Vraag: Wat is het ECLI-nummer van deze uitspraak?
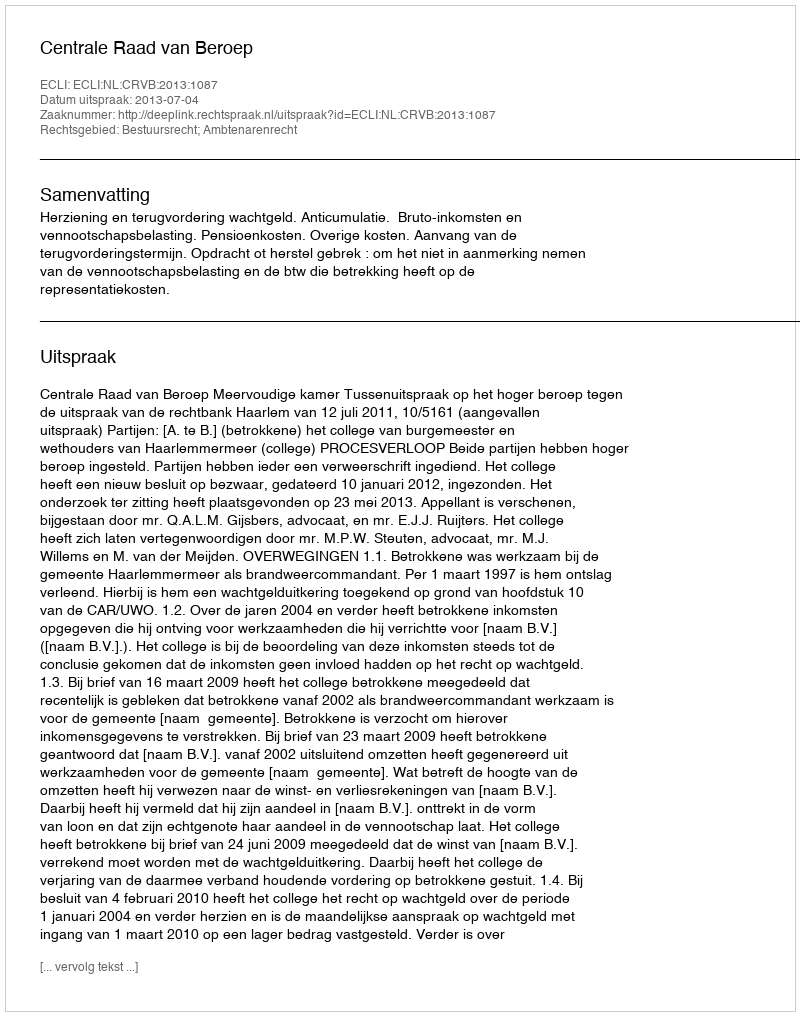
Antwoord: ECLI:NL:CRVB:2013:1087